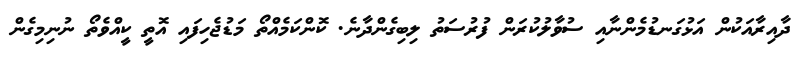
ދާއިރާއަކުން އަޅުގަނޑުމެންނާއި ސުވާލުކުރަން ފުރުސަތު ލިބިގެންދާނެ. ކޮންކަމެއްތޯ މަޑުޖެހިފައި އޮތީ ކީއްވެތޯ ނުނިމިގެން